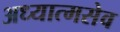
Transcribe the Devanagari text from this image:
अध्यात्मसेव